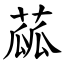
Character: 蓏